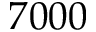
7 0 0 0